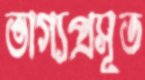
ভাগ্যপ্রসূত